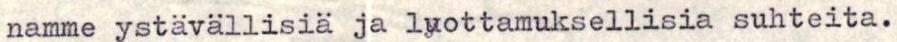
namme ystävällisiä ja luottamuksellisia suhteita.